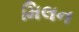
મિલન